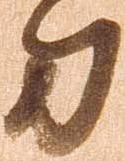
刀